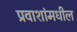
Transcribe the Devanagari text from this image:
प्रवाशांमधील